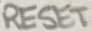
Text: RESET